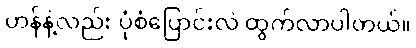
ဟန်နဲ့လည်း ပုံစံပြောင်းလဲ ထွက်လာပါတယ်။